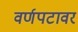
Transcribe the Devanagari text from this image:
वर्णपटावर